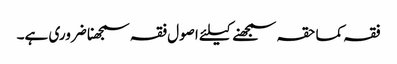
فقہ کما حقہ سمجھنے کیلئے اصول فقہ سمجھنا ضروری ہے۔